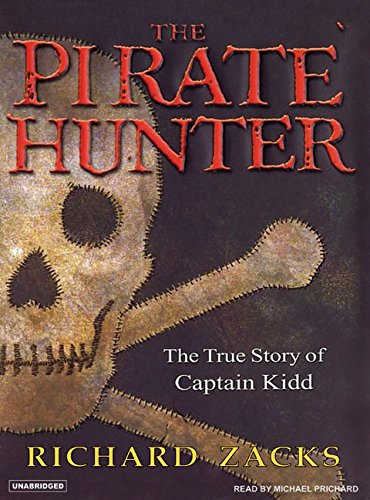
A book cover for The Pirate Hunter: The True Story of Captain Kidd; Richard Zacks; History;